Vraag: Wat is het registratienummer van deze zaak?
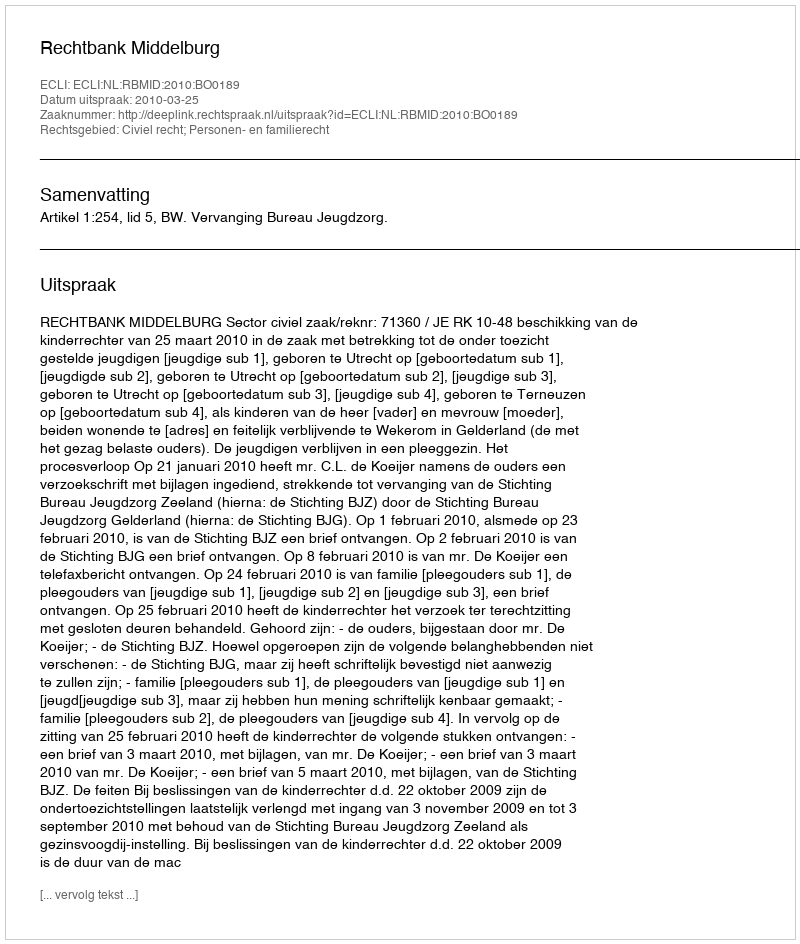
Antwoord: http://deeplink.rechtspraak.nl/uitspraak?id=ECLI:NL:RBMID:2010:BO0189